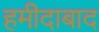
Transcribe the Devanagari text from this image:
हमीदाबाद